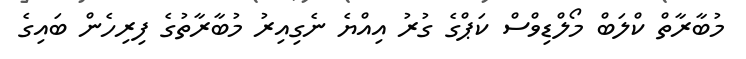
މުބާރާތް ކްލަބް މޯލްޑިވްސް ކަޕްގެ ގުރު އިއްޔެ ނެގިއިރު މުބާރާތުގެ ފިރިހެން ބައިގެ